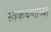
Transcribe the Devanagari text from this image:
स्वकथणाच्या